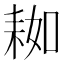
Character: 𦓲